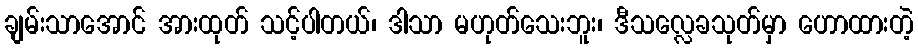
ချမ်းသာအောင် အားထုတ် သင့်ပါတယ်၊ ဒါသာ မဟုတ်သေးဘူး၊ ဒီသလ္လေခသုတ်မှာ ဟောထားတဲ့